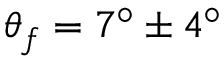
\theta _ { f } = 7 ^ { \circ } \pm 4 ^ { \circ }